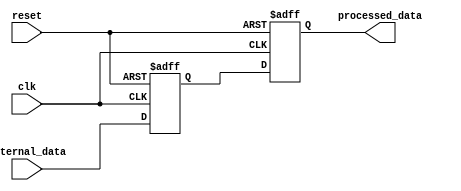
module IO_Buffer (
        input wire clk,
        input wire reset,
        input wire [7:0] external_data,
        output reg [7:0] processed_data
    );
    
    // Data synchronization
    reg [7:0] sync_data;

    // Error checking
    reg error_flag;

    // Flow control
    reg flow_control_flag;

    // Input data buffering and processing
    always @(posedge clk or posedge reset) begin
        if (reset) begin
            sync_data <= 8'b0;
            error_flag <= 1'b0;
            flow_control_flag <= 1'b0;
            processed_data <= 8'b0;
        end else begin
            sync_data <= external_data;
            // Processing logic here
            processed_data <= sync_data;
        end
    end

endmodule